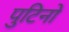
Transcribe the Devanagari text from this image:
पुटिनो